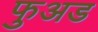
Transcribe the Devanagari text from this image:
फुअड